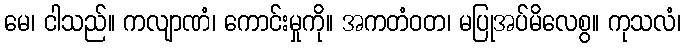
မေ၊ ငါသည်။ ကလျာဏံ၊ ကောင်းမှုကို။ အကတံဝတ၊ မပြုအပ်မိလေစွ။ ကုသလံ၊